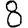
Digit: 8